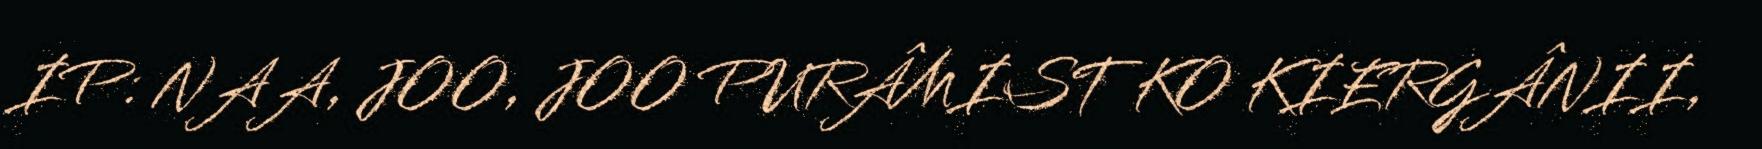
IP: NAA, JOO, JOO PURÂMIST KO KIERGÂNII,